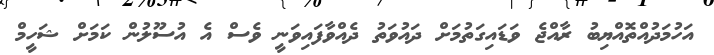
އަހުމަދުއްތޮއްޔިބު ރާއްޖެ ވަޑައިގަތުމަށް ދައުވަތު ދެއްވާފައިވަނީ ވެސް އެ އުސޫލުން ކަމަށް ޝަހީމް